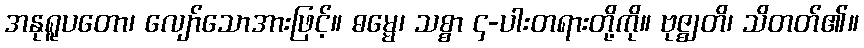
အနုရူပတော၊ လျော်သောအားဖြင့်။ ဓမ္မေ၊ သစ္စာ ၄-ပါးတရားတို့ကို။ ဗုဇ္ဈတိ၊ သိတတ်၏။